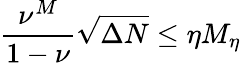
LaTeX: \frac{\nu^{M}}{1-\nu}\sqrt{\Delta N}\leq\eta M_{\eta}